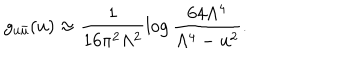
g _ { u \bar { u } } ( u ) \approx \frac { 1 } { 1 6 \pi ^ { 2 } \Lambda ^ { 2 } } \log \frac { 6 4 \Lambda ^ { 4 } } { \Lambda ^ { 4 } - u ^ { 2 } } .